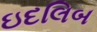
ઇદલિબ